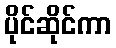
ပိုင်ဆိုင်ကာ